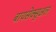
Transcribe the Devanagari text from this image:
बायसेक्सुअल